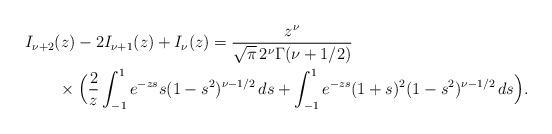
LaTeX: \begin{align*}\begin{aligned}& I_{\nu+2}(z)-2I_{\nu+1}(z)+I_{\nu}(z)= \frac{z^{\nu}}{\sqrt{\pi}\,2^{\nu}\Gamma(\nu+1/2)} \\*& \qquad\times \Big(\frac{2}{z}\int_{-1}^1e^{-zs} s(1-s^2)^{\nu-1/2}\,ds+ \int_{-1}^1e^{-zs} (1+s)^2(1-s^2)^{\nu-1/2}\,ds \Big).\end{aligned}\end{align*}